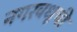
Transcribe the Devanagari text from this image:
नगरवधूची